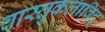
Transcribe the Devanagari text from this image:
वास्तुकलाविद्